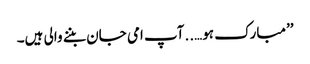
’’مبارک ہو…..آپ امی جان بننے والی ہیں۔